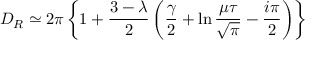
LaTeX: { \cal D } _ { R } \simeq 2 \pi \left\{ 1 + \frac { 3 - \lambda } { 2 } \left( \frac { \gamma } { 2 } + \ln \frac { \mu \tau } { \sqrt { \pi } } - \frac { i \pi } { 2 } \right) \right\}